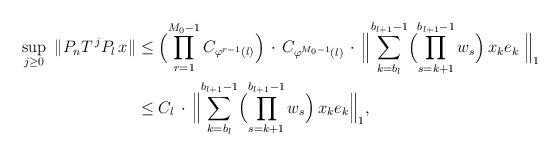
LaTeX: \begin{align*} \sup_{j\ge 0}\ \|P_{n}T^{\,j}P_{l}\,x\|&\le\Bigl(\prod_{r=1}^{M_{0}-1}C_{\varphi^{r-1}(l)}\Bigr)\,\cdot\,C_{\varphi^{M_{0}-1 } (l) }\,\cdot\,\Bigl\|\sum_{k=b_l}^{b_{l+1}-1}\Bigl(\prod_{s=k+1}^{b_{l+1}-1}w_{s}\Bigr)\,x_{k}e_{k}\ \Bigr\|_{1}\\&\le C_{l}\,\cdot\,\Bigl\|\sum_{k=b_{l}}^{b_{l+1}-1}\Bigl(\prod_{s=k+1}^{b_{l+1}-1}w_{s}\Bigr)\,x_{k}e_{k}\Bigr\|_{1},\end{align*}